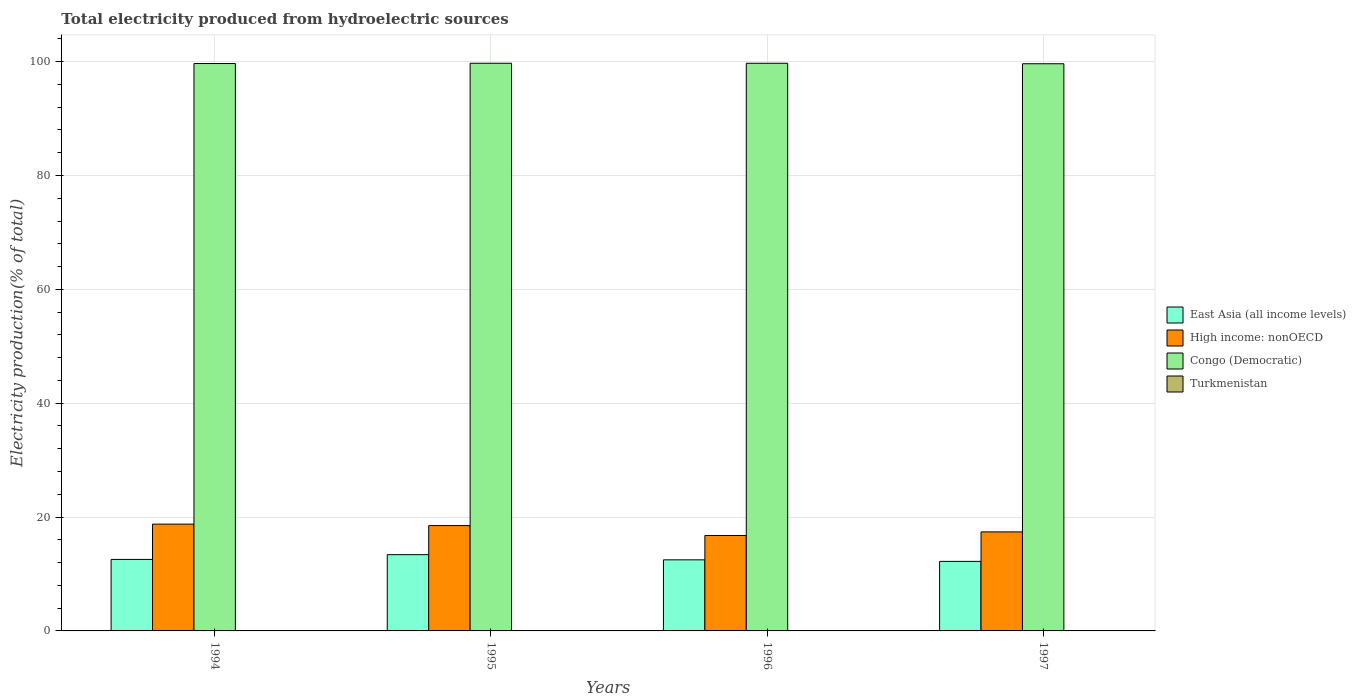
| Years | East Asia (all income levels) | High income: nonOECD | Congo (Democratic) | Turkmenistan |
 | --- | --- | --- | --- | --- |
 | 1994 | 12.6 | 18.8 | 99.7 | 0.0381 |
 | 1995 | 13.4 | 18.5 | 99.7 | 0.0408 |
 | 1996 | 12.5 | 16.8 | 99.7 | 0.0495 |
 | 1997 | 12.2 | 17.4 | 99.6 | 0.0526 |